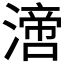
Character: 𣾪